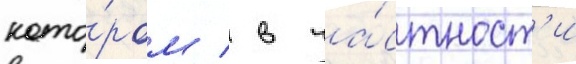
кото́ром / в ча́стност'и